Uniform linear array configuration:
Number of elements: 16
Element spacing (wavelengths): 1
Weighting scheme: blackman
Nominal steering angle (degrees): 15
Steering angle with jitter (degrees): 15.367
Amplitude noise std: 0.05
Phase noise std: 0.05

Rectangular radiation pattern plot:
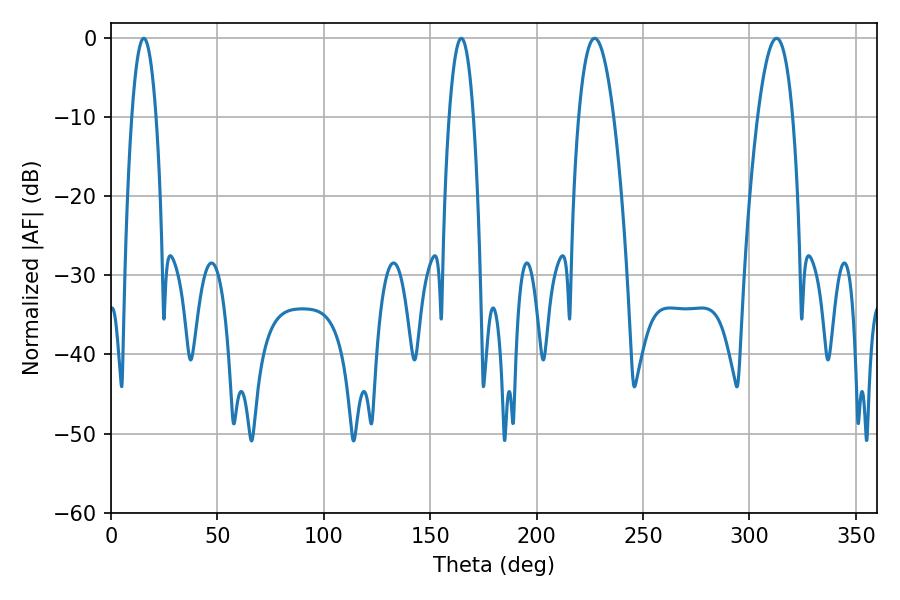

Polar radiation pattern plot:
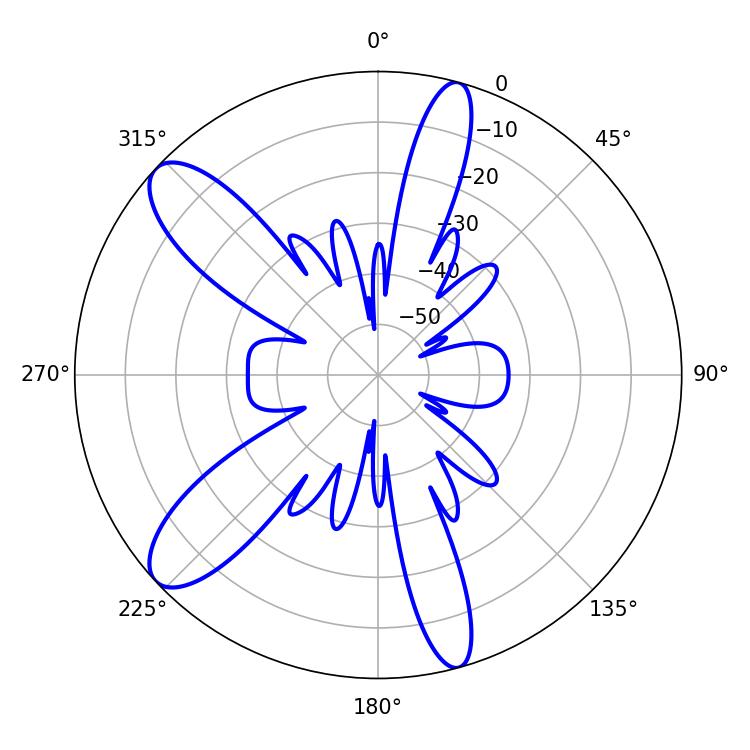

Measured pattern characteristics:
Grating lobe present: TRUE
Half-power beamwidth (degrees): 9
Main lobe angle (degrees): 312.66